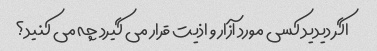
اگر دیدید کسی مورد آزار و اذیت قرار می گیرد چه می کنید؟